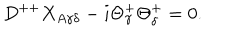
D ^ { + + } X _ { A \gamma \delta } - i \Theta _ { \gamma } ^ { + } \Theta _ { \delta } ^ { + } = 0 .